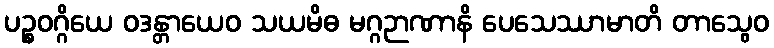
ပဉ္စဝဂ္ဂိယေ ဝဒန္တာယေဝ သယမိဓ မဂ္ဂဉာဏာနိ ပေသေဿာမာတိ တာသွေဝ